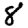
Digit: 8